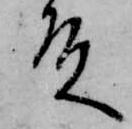
殿